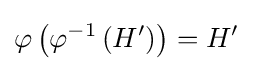
\varphi \left(\varphi ^{-1}\left(H'\right)\right)=H'